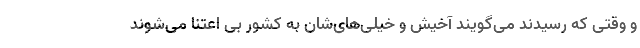
و وقتی که رسیدند می‌گویند آخیش و خیلی‌های‌شان به کشور بی اعتنا می‌شوند